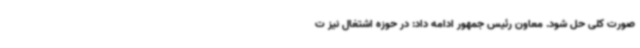
صورت کلی حل شود. معاون رئیس جمهور ادامه داد: در حوزه اشتغال نیز ت